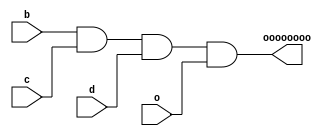
module aaaa (b, c, d, o, oooooooo);
	input b, c, d, o;
	output oooooooo;

	and u1 (oooooooo, b, c, d, o);

endmodule